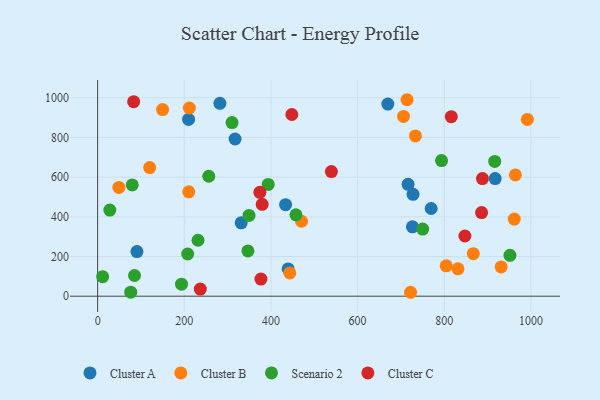
{"axis": {"x": "Price", "y": "Sales"}, "legend": ["Cluster A", "Cluster B", "Cluster C", "Scenario 2"], "data": [{"x": "90.7", "y": 224.9, "type": "Cluster A"}, {"x": "282.2", "y": 972.3, "type": "Cluster A"}, {"x": "716.6", "y": 563.6, "type": "Cluster A"}, {"x": "331.3", "y": 369.7, "type": "Cluster A"}, {"x": "669.8", "y": 968.4, "type": "Cluster A"}, {"x": "433.8", "y": 461.3, "type": "Cluster A"}, {"x": "917.6", "y": 593.0, "type": "Cluster A"}, {"x": "439.7", "y": 137.7, "type": "Cluster A"}, {"x": "209.9", "y": 890.9, "type": "Cluster A"}, {"x": "769.8", "y": 442.1, "type": "Cluster A"}, {"x": "728.0", "y": 513.4, "type": "Cluster A"}, {"x": "317.2", "y": 792.3, "type": "Cluster A"}, {"x": "726.6", "y": 349.8, "type": "Cluster A"}, {"x": "443.5", "y": 117.1, "type": "Cluster B"}, {"x": "733.5", "y": 807.7, "type": "Cluster B"}, {"x": "211.7", "y": 948.6, "type": "Cluster B"}, {"x": "706.0", "y": 905.9, "type": "Cluster B"}, {"x": "470.6", "y": 377.8, "type": "Cluster B"}, {"x": "49.0", "y": 548.3, "type": "Cluster B"}, {"x": "120.1", "y": 648.1, "type": "Cluster B"}, {"x": "722.3", "y": 19.8, "type": "Cluster B"}, {"x": "831.7", "y": 138.1, "type": "Cluster B"}, {"x": "210.3", "y": 526.0, "type": "Cluster B"}, {"x": "964.2", "y": 611.4, "type": "Cluster B"}, {"x": "804.5", "y": 152.9, "type": "Cluster B"}, {"x": "714.2", "y": 990.2, "type": "Cluster B"}, {"x": "991.9", "y": 890.7, "type": "Cluster B"}, {"x": "961.6", "y": 388.6, "type": "Cluster B"}, {"x": "931.4", "y": 147.7, "type": "Cluster B"}, {"x": "867.1", "y": 214.2, "type": "Cluster B"}, {"x": "149.9", "y": 940.7, "type": "Cluster B"}, {"x": "28.1", "y": 434.0, "type": "Scenario 2"}, {"x": "349.4", "y": 407.3, "type": "Scenario 2"}, {"x": "750.3", "y": 338.3, "type": "Scenario 2"}, {"x": "393.7", "y": 563.4, "type": "Scenario 2"}, {"x": "916.5", "y": 679.1, "type": "Scenario 2"}, {"x": "76.3", "y": 20.5, "type": "Scenario 2"}, {"x": "207.8", "y": 212.7, "type": "Scenario 2"}, {"x": "793.8", "y": 683.4, "type": "Scenario 2"}, {"x": "85.1", "y": 104.4, "type": "Scenario 2"}, {"x": "457.8", "y": 410.2, "type": "Scenario 2"}, {"x": "231.7", "y": 281.9, "type": "Scenario 2"}, {"x": "951.7", "y": 206.1, "type": "Scenario 2"}, {"x": "11.5", "y": 98.5, "type": "Scenario 2"}, {"x": "310.2", "y": 874.9, "type": "Scenario 2"}, {"x": "79.9", "y": 560.9, "type": "Scenario 2"}, {"x": "346.9", "y": 228.2, "type": "Scenario 2"}, {"x": "193.6", "y": 60.5, "type": "Scenario 2"}, {"x": "256.5", "y": 604.6, "type": "Scenario 2"}, {"x": "888.2", "y": 592.6, "type": "Cluster C"}, {"x": "816.3", "y": 904.7, "type": "Cluster C"}, {"x": "379.8", "y": 463.2, "type": "Cluster C"}, {"x": "83.1", "y": 980.4, "type": "Cluster C"}, {"x": "448.2", "y": 915.8, "type": "Cluster C"}, {"x": "237.0", "y": 35.7, "type": "Cluster C"}, {"x": "886.2", "y": 421.3, "type": "Cluster C"}, {"x": "376.9", "y": 86.3, "type": "Cluster C"}, {"x": "374.4", "y": 523.4, "type": "Cluster C"}, {"x": "539.6", "y": 628.0, "type": "Cluster C"}, {"x": "847.7", "y": 303.3, "type": "Cluster C"}]}